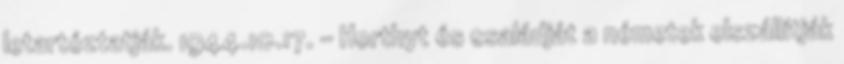
letartóztatják. 1944.10.17. - Horthyt és családját a németek elszállítják